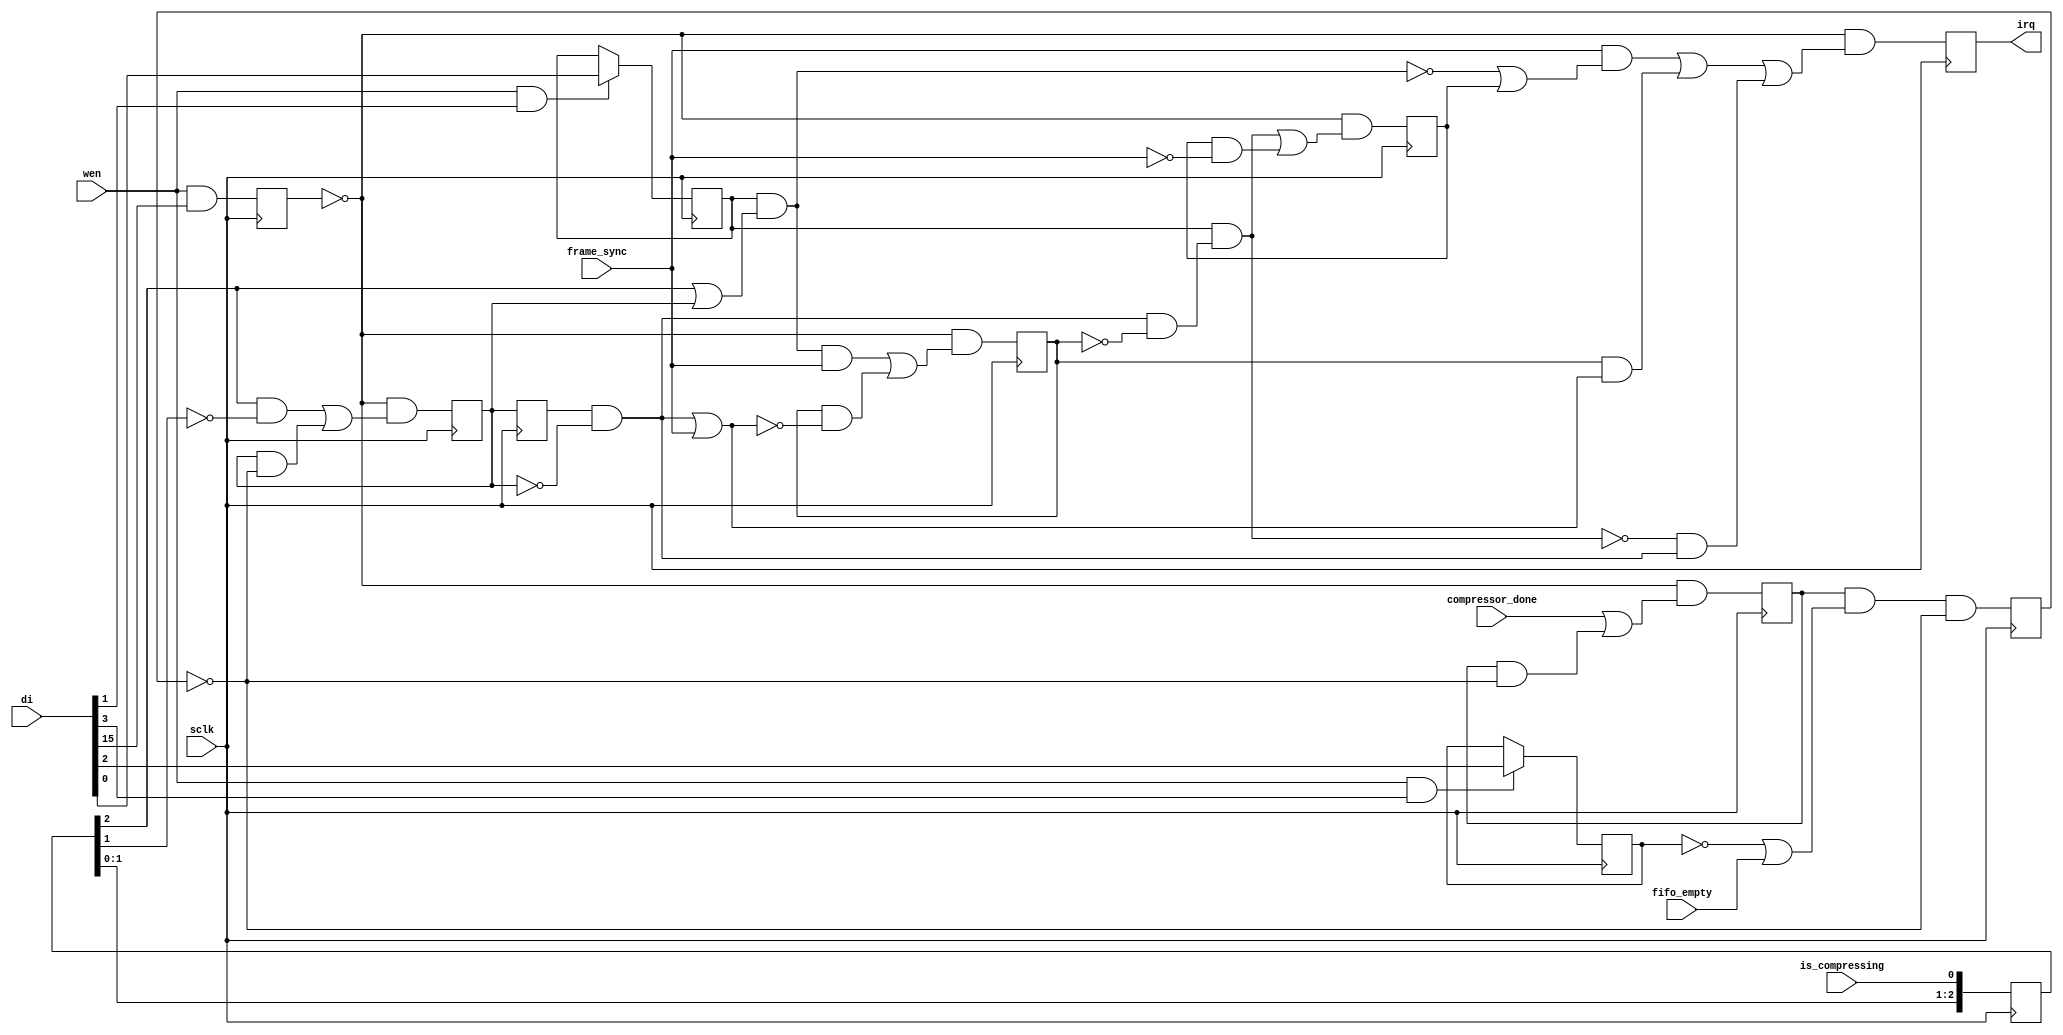
module irq_smart        (sclk,               
                         wen,                
                         di,                 
                         frame_sync,         
                         is_compressing,      
                         compressor_done,    
                         fifo_empty,         
                         irq);                
    input         sclk;
    input         wen;
    input  [15:0] di;
    input         frame_sync;         
    input         is_compressing;     
    input         compressor_done;    
    input         fifo_empty;         
    output        irq;                
    reg    [2:0]  is_compressing_s;
    reg           is_finishing=0; 
    reg           was_finishing;
    reg           wait_frame_sync;
    reg           wait_fifo;
    reg           compressor_fifo_done; 
    reg           done_request  = 0;
    reg           irq;
    reg           rst;
    wire          will_postpone_fs; 
    wire          end_postpone_fs;
    wire          finished;
    reg           fs_postponed;
    wire          will_delay_done_irq;
    reg           delaying_done_irq;
    assign   will_postpone_fs=wait_frame_sync && (is_compressing_s[2] || is_finishing) ;
    assign   finished=was_finishing && ! is_finishing;
    assign   end_postpone_fs=finished || frame_sync;
    assign   will_delay_done_irq=wait_frame_sync && (finished && !fs_postponed);
    always @ (negedge sclk) begin
     if (wen & di[1]) wait_frame_sync <= di[0];
     if (wen & di[3]) wait_fifo       <= di[2];
     rst <=wen & di[15];
     fs_postponed <= !rst && ((will_postpone_fs && frame_sync) || (fs_postponed && !end_postpone_fs));
     delaying_done_irq <= !rst &&  (will_delay_done_irq || (delaying_done_irq && !frame_sync));
     is_compressing_s[2:0]<={is_compressing_s[1:0],is_compressing} ; 
     done_request  <= !rst && (compressor_done || (done_request &&  !compressor_fifo_done));
     compressor_fifo_done <= done_request && (!wait_fifo || fifo_empty) && !compressor_fifo_done;
     is_finishing <=  !rst && ((is_compressing_s[2] && !is_compressing_s[1]) || 
                               (is_finishing && !compressor_fifo_done));
     was_finishing <= is_finishing;
     irq <= !rst && ((frame_sync &&  (!will_postpone_fs || delaying_done_irq)) ||
                     (fs_postponed && end_postpone_fs) || 
                     (!will_delay_done_irq && finished));
    end
endmodule